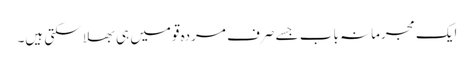
ایک مجرمانہ باب جسے صرف مردہ قومیں ہی بھلا سکتی ہیں۔